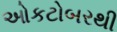
ઓકટોબરથી